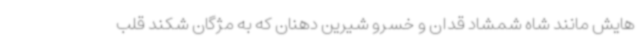
هایش مانند شاه شمشاد قدان و خسرو شیرین دهنان که به مژگان شکند قلب